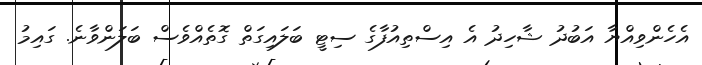
އެހެންވިއްޔާ އަބުދު ޝާހިދު އެ އިސްތިއުފާގެ ސިޓީ ބަލައިގަތް ގޮތެއްވެސް ބަލަންވާނެ. ގައިމު